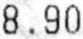
8.90